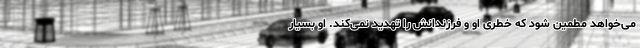
می‌خواهد مطمین شود که خطری او و فرزندانش را تهدید نمی‌کند. او بسیار